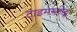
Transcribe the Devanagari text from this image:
टाइमस्लोट्स